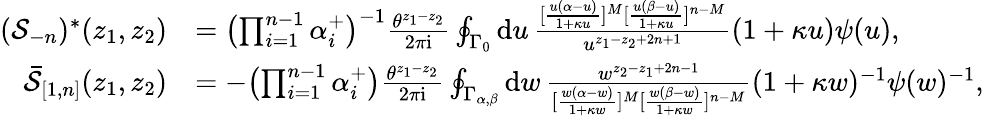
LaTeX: \begin{array}{rl}{\textstyle(\mathcal{S}_{-n})^{*}(z_{1},z_{2})}&{\textstyle=\bigl(\prod_{i=1}^{n-1}\alpha_{i}^{+}\bigr)^{-1}\frac{\theta^{z_{1}-z_{2}}}{2\pi\mathrm{i}}\oint_{\Gamma_{0}}\mathrm{d}u\, \frac{[\frac{u(\alpha-u)}{1+\kappa u}]^{M}[\frac{u(\beta-u)}{1+\kappa u}]^{n-M}}{u^{z_{1}-z_{2}+2n+1}}(1+\kappa u)\psi(u),}\\ {\textstyle\bar{\mathcal{S}}_{[1,n]}(z_{1},z_{2})}&{\textstyle=-\bigl(\prod_{i=1}^{n-1}\alpha_{i}^{+}\bigr)\frac{\theta^{z_{1}-z_{2}}}{2\pi\mathrm{i}}\oint_{\Gamma_{\alpha,\beta}}\mathrm{d}w\, \frac{w^{z_{2}-z_{1}+2n-1}}{[\frac{w(\alpha-w)}{1+\kappa w}]^{M}[\frac{w(\beta-w)}{1+\kappa w}]^{n-M}}(1+\kappa w)^{-1}\psi(w)^{-1},}\end{array}